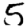
Digit: 5